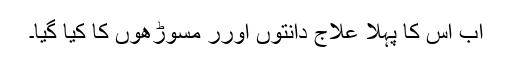
اب اس کا پہلا علاج دانتوں اورر مسوڑھوں کا کیا گیا۔